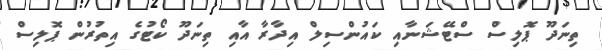
ތިނަދޫ ޕޮލިސް ސްޓޭޝަނާއި ކައުންސިލް އިދާރާ އާއި ތިނަދޫ ކޯޓުގެ އިތުރުން ޕޮލިސް